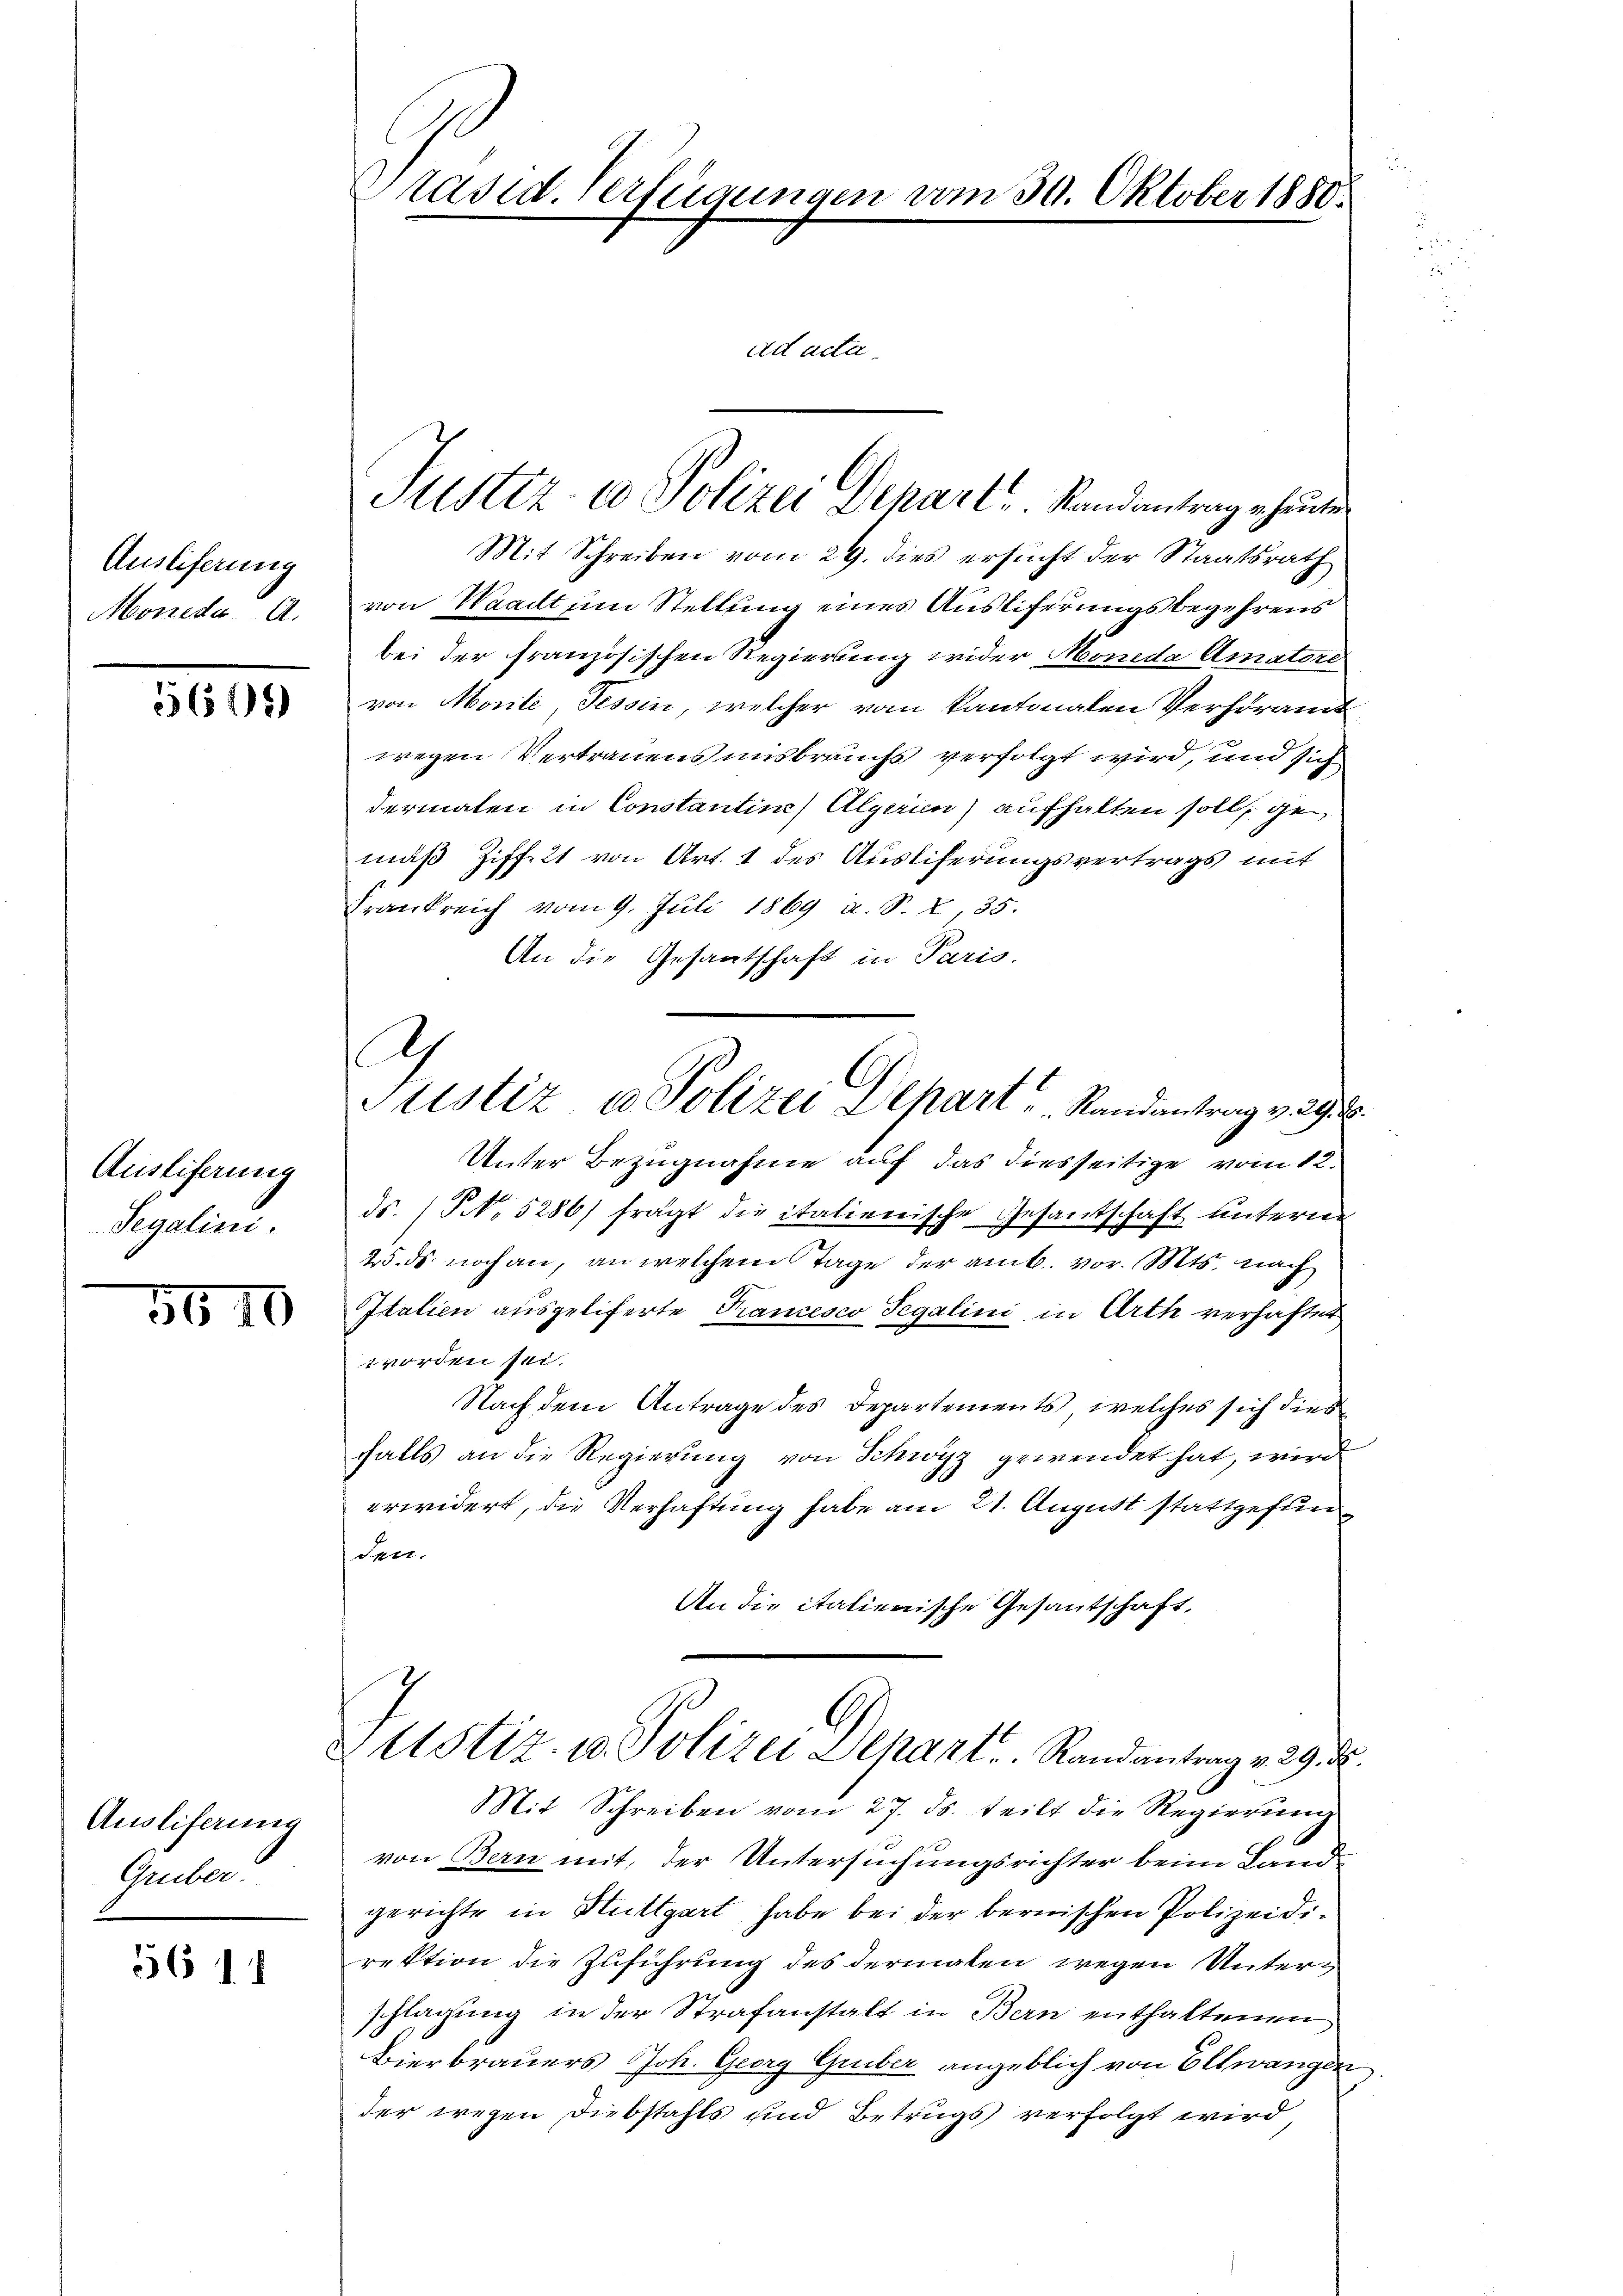
Auslieferung
Moneda A.

5675)

Ausliferung
Segalicis.

3610

Ausliferung
Gruber.

56 1

Präsid. Verlegungen vom 30. Oktober 1880.
ad acter

Mit Schreiben vom 29. dies ersucht der Staatsrath
von Waadt um Stellung eines Ausliferungsbegehrens
bei der französischen Regierung wider Morida Amateri
von Monte, Tessin, welcher vom kantonalen Verhöramt
wegen Vertrauens uns brauchs verfolgt wird, und sich
dermalen in Constantine) Algerien) aufhalten soll, gemuß Ziffelt von Art. 1 des Ausliferungsvertrags mit
Frankreich vom 9. Juli 1869 u. S. 2, 35.
An die Gesantschaft in Paris
Unter Bezugnahme auf das diesseitige vom 12.
ds. (T. 5286/ fragt die italienische Gesantschaft unterne
25. ds noch an, an welchem Tage der amb. vor. Mts. nach
Italien ausgeliferte Francesco Segalini in Arth verhaftet
worden sei.
Nach dem Antrage des Departements, welches sich dies
falls an die Regierung von Schwyz gewendet hat, wird
erwidert, die Verhaftung habe am 21. August stattgefun¬
Sett.
An die italienische Gesantschaft,
Ustiz- u. Polizei Dekant. Randantrag v. 29. ds.
Mit Schreiben vom 27. ds. teilt die Regierung
von Bern mit, der Untersuchungsrichter beim Landgerichte in Stuttgart habe bei der bernischen Polizeidirektion die Zuführung des dermalen wegen Unterschlagung in der Strafanstalt in Bern enthaltenen
Bierbrauers Joh. Georg Gruber angeblich von Eltwangen
der wegen Diebstahls und Betrugs verfolgt wird

A

Justiz- & Polizei Depart. Randantrag heute

Justiz & Polizei Depart Randantrag v. 29.